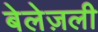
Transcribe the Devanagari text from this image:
बेलेज़ली